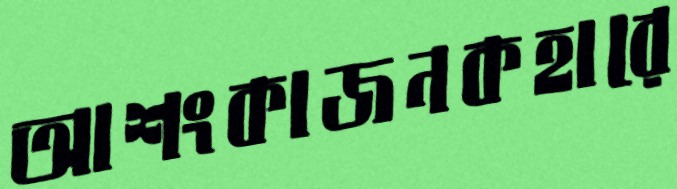
আশংকাজনকহারে